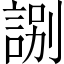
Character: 𧧸